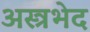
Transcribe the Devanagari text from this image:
अस्त्रभेद